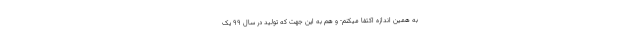
به همین اندازه اکتفا میکنم- و هم به این جهت که تولید در سال ۹۹ یک